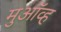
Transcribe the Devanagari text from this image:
मुऑव्ह